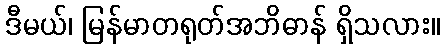
ဒီမယ်၊ မြန်မာတရုတ်အဘိဓာန် ရှိသလား။